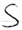
Text: S